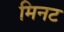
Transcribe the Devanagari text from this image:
मिनट